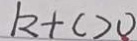
k + c > 0